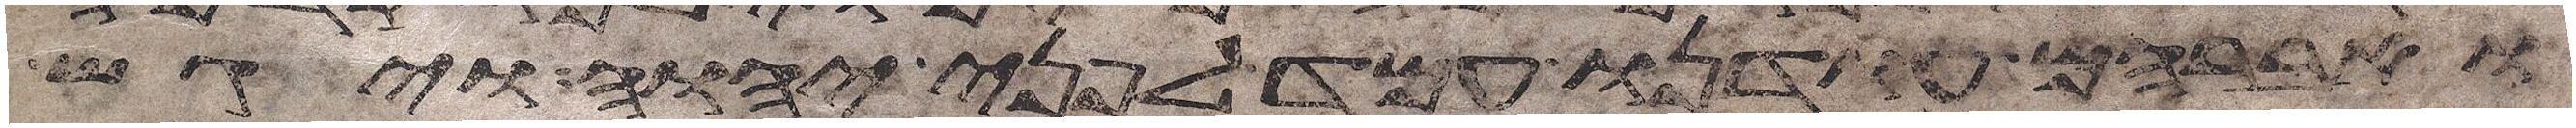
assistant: ואברהם עודנו עמד לפני יהוה ויגש